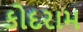
કોદરામ